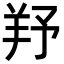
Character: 𦍗